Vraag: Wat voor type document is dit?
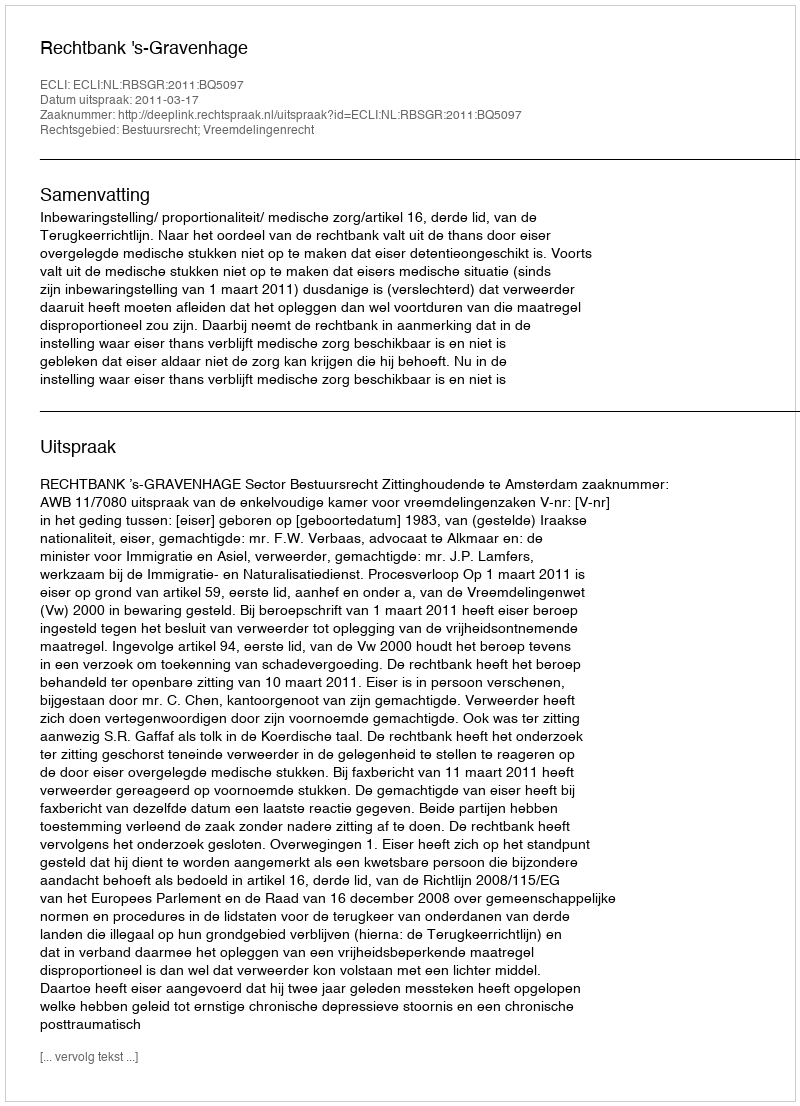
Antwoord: Uitspraak